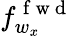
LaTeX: f_{w_{x}}^{\mathrm{~f~w~d~}}